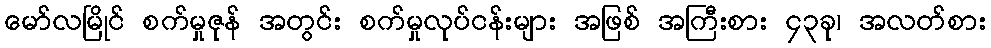
မော်လမြိုင် စက်မှုဇုန် အတွင်း စက်မှုလုပ်ငန်းများ အဖြစ် အကြီးစား ၄၃ခု၊ အလတ်စား